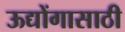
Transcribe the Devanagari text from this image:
ऊद्योंगासाठी